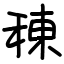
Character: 𫞸